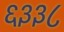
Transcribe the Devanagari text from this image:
६३३८